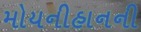
મોયનીહાનની